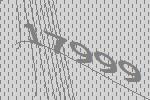
17999